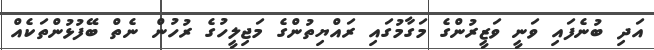
އަދި ބުނެފައި ވަނީ ވަޒީރުންގެ މަގާމުގައި ރައްޔިތުންގެ މަޖިލީހުގެ ރުހުން ނެތް ބޭފުޅުންތަކެއް